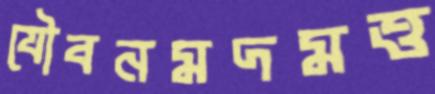
যৌবনমদমত্ত